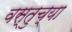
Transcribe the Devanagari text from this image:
वस्तुच्या